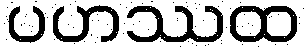
ပဟဿထ